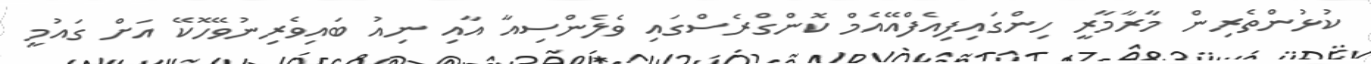
ކުޅުންތެރިން މާރާމާރީ ހިންގައިފިއެފްއޭއެމް ކޮންގްރެސްގައި ވެލެންސިއާ އާއި ނިއު ބައިވެރިނުވޭހޮކޭ އަށް ގައުމީ